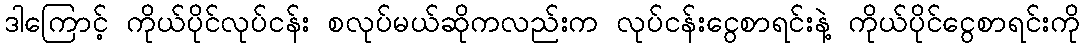
ဒါကြောင့် ကိုယ်ပိုင်လုပ်ငန်း စလုပ်မယ်ဆိုကလည်းက လုပ်ငန်းငွေစာရင်းနဲ့ ကိုယ်ပိုင်ငွေစာရင်းကို